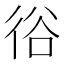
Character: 𢓾